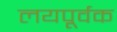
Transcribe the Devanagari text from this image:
लयपूर्वक